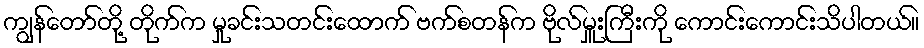
ကျွန်တော်တို့ တိုက်က မှုခင်းသတင်းထောက် ဗက်စတန်က ဗိုလ်မှူးကြီးကို ကောင်းကောင်းသိပါတယ်။